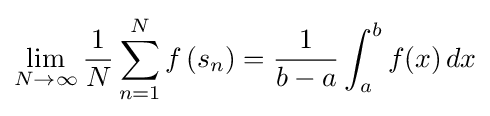
\lim _{N\to \infty }{\frac {1}{N}}\sum _{n=1}^{N}f\left(s_{n}\right)={\frac {1}{b-a}}\int _{a}^{b}f(x)\,dx